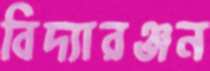
বিদ্যারঞ্জন